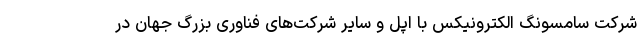
شرکت سامسونگ الکترونیکس با اپل و سایر شرکت‌های فناوری بزرگ جهان در